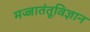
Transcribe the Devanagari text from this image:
मज्जातंतूविज्ञान